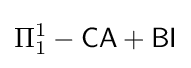
\Pi _{1}^{1}-{\mathsf {CA}}+{\mathsf {BI}}